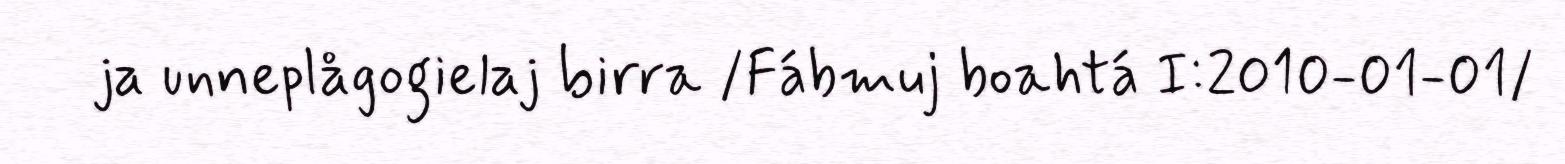
ja unneplågogielaj birra /Fábmuj boahtá I:2010-01-01/